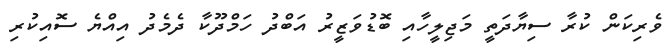
ވެރިކަން ކުރާ ސިޔާދަތީ މަޖިލީހާއި ބޮޑުވަޒީރު އަބްދު ހަމްދޫކާ ދެމެދު އިއްޔެ ސޮއިކުރި